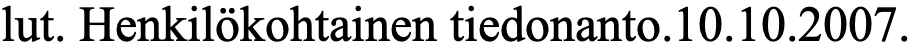
lut. Henkilökohtainen tiedonanto.10.10.2007.